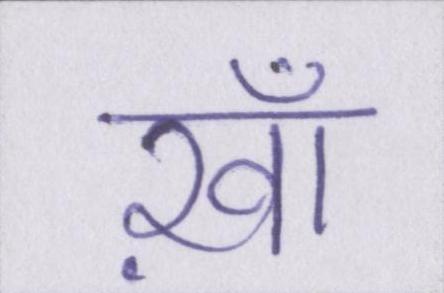
ख़ाँ